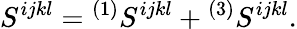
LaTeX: S^{ijkl}={}^{(1)}S^{ijkl}+{}^{(3)}S^{ijkl}.